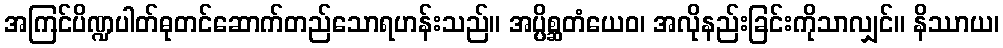
အကြင်ပိဏ္ဍပါတ်ဓုတင်ဆောက်တည်သောရဟန်းသည်။ အပ္ပိစ္ဆတံယေဝ၊ အလိုနည်းခြင်းကိုသာလျှင်။ နိဿာယ၊